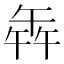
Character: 𭅦